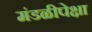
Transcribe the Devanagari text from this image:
मंडळीपेक्षा